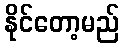
နိုင်တော့မည်